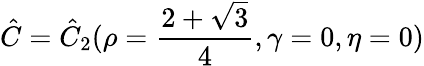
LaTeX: \hat{C}=\hat{C}_{2}(\rho=\frac{2+\sqrt{3}}{4},\gamma=0,\eta=0)